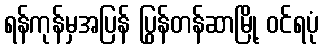
ရန်ကုန်မှအပြန် ပြွန်တန်ဆာမြို့ ဝင်ရပုံ